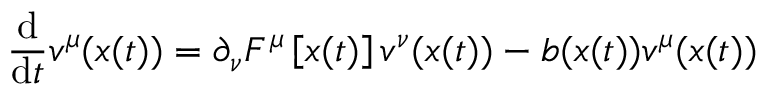
\frac { \mathrm { d } } { \mathrm { d } t } v ^ { \mu } ( \boldsymbol { x } ( t ) ) = \partial _ { \nu } F ^ { \mu } \left[ \boldsymbol { x } ( t ) \right] v ^ { \nu } ( \boldsymbol { x } ( t ) ) - b ( \boldsymbol { x } ( t ) ) v ^ { \mu } ( \boldsymbol { x } ( t ) )